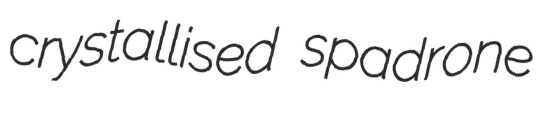
crystallised spadrone